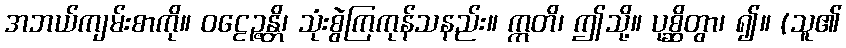
အဘယ်ကျမ်းစာကို။ ဝဠေဉ္ဇန္တိ၊ သုံးစွဲကြကုန်သနည်း။ ဣတိ၊ ဤသို့။ ပုစ္ဆိတွာ၊ ၍။ (သူ၏